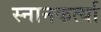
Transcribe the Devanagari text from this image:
स्नानकर्त्या